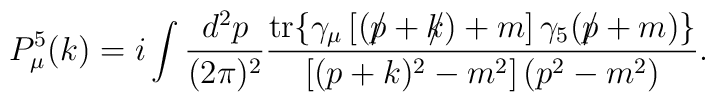
P_{\mu}^5(k)=i\int \frac{d^2p}{(2\pi )^2} \frac{{\rm tr}\{ \gamma_{\mu}\left[ (p\!\!\!\slash +k\!\!\!\slash) + m\right]\gamma_5(p\!\!\!\slash +m)\} }{\left[ (p+k)^2 -m^2\right] (p^2 - m^2 ) }.